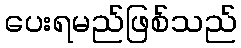
ပေးရမည်ဖြစ်သည်